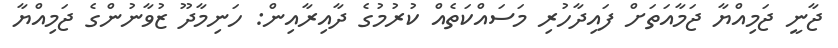
ޖާނީ ޖަމިއްޔާ ޖަމާއަތަށް ފައިދާހުރި މަސައްކަތެއް ކުރުމުގެ ދާއިރާއިން: ހަނިމާދޫ ޒުވާނުންގެ ޖަމިއްޔާ